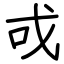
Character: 戓